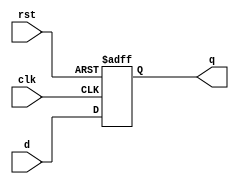
module FlipFlop(
    input clk, 
    input rst, 
    input d,
    output reg q
);
    always @(posedge clk or posedge rst) begin
        if(rst == 1)
            q<=0;
        else
            q<=d;
    end

endmodule